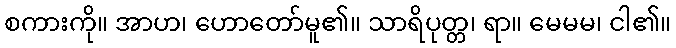
စကားကို။ အာဟ၊ ဟောတော်မူ၏။ သာရိပုတ္တ၊ ရာ။ မေမမ၊ ငါ၏။